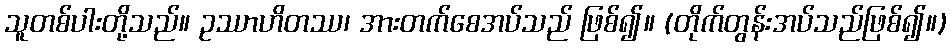
သူတစ်ပါးတို့သည်။ ဥဿာဟိတဿ၊ အားတက်စေအပ်သည် ဖြစ်၍။ (တိုက်တွန်းအပ်သည်ဖြစ်၍။)